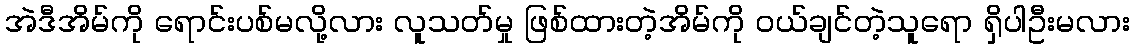
အဲဒီအိမ်ကို ရောင်းပစ်မလို့လား လူသတ်မှု ဖြစ်ထားတဲ့အိမ်ကို ဝယ်ချင်တဲ့သူရော ရှိပါဦးမလား